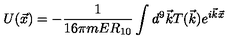
U ( \vec { x } ) = - \frac { 1 } { 1 6 \pi m E R _ { 1 0 } } \int { d ^ { 9 } \vec { k } T ( \vec { k } ) e ^ { i \vec { k } \vec { x } } }